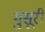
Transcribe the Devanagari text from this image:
मुसूरी